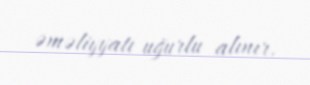
əməliyyatı uğurlu alınır.